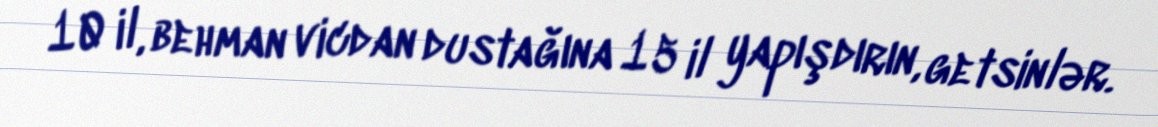
10 il, behman vicdan dustağına 15 il yapışdırın, getsinlər.